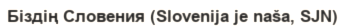
Біздің Словения (Slovenija je naša, SJN)